DOW-UAP-D51, Email Correspondence, Pacific Time Zone, March 2023
Agency: Department of War
Incident date: 3/23/26
Incident location: Pacific Time Zone
Page 6
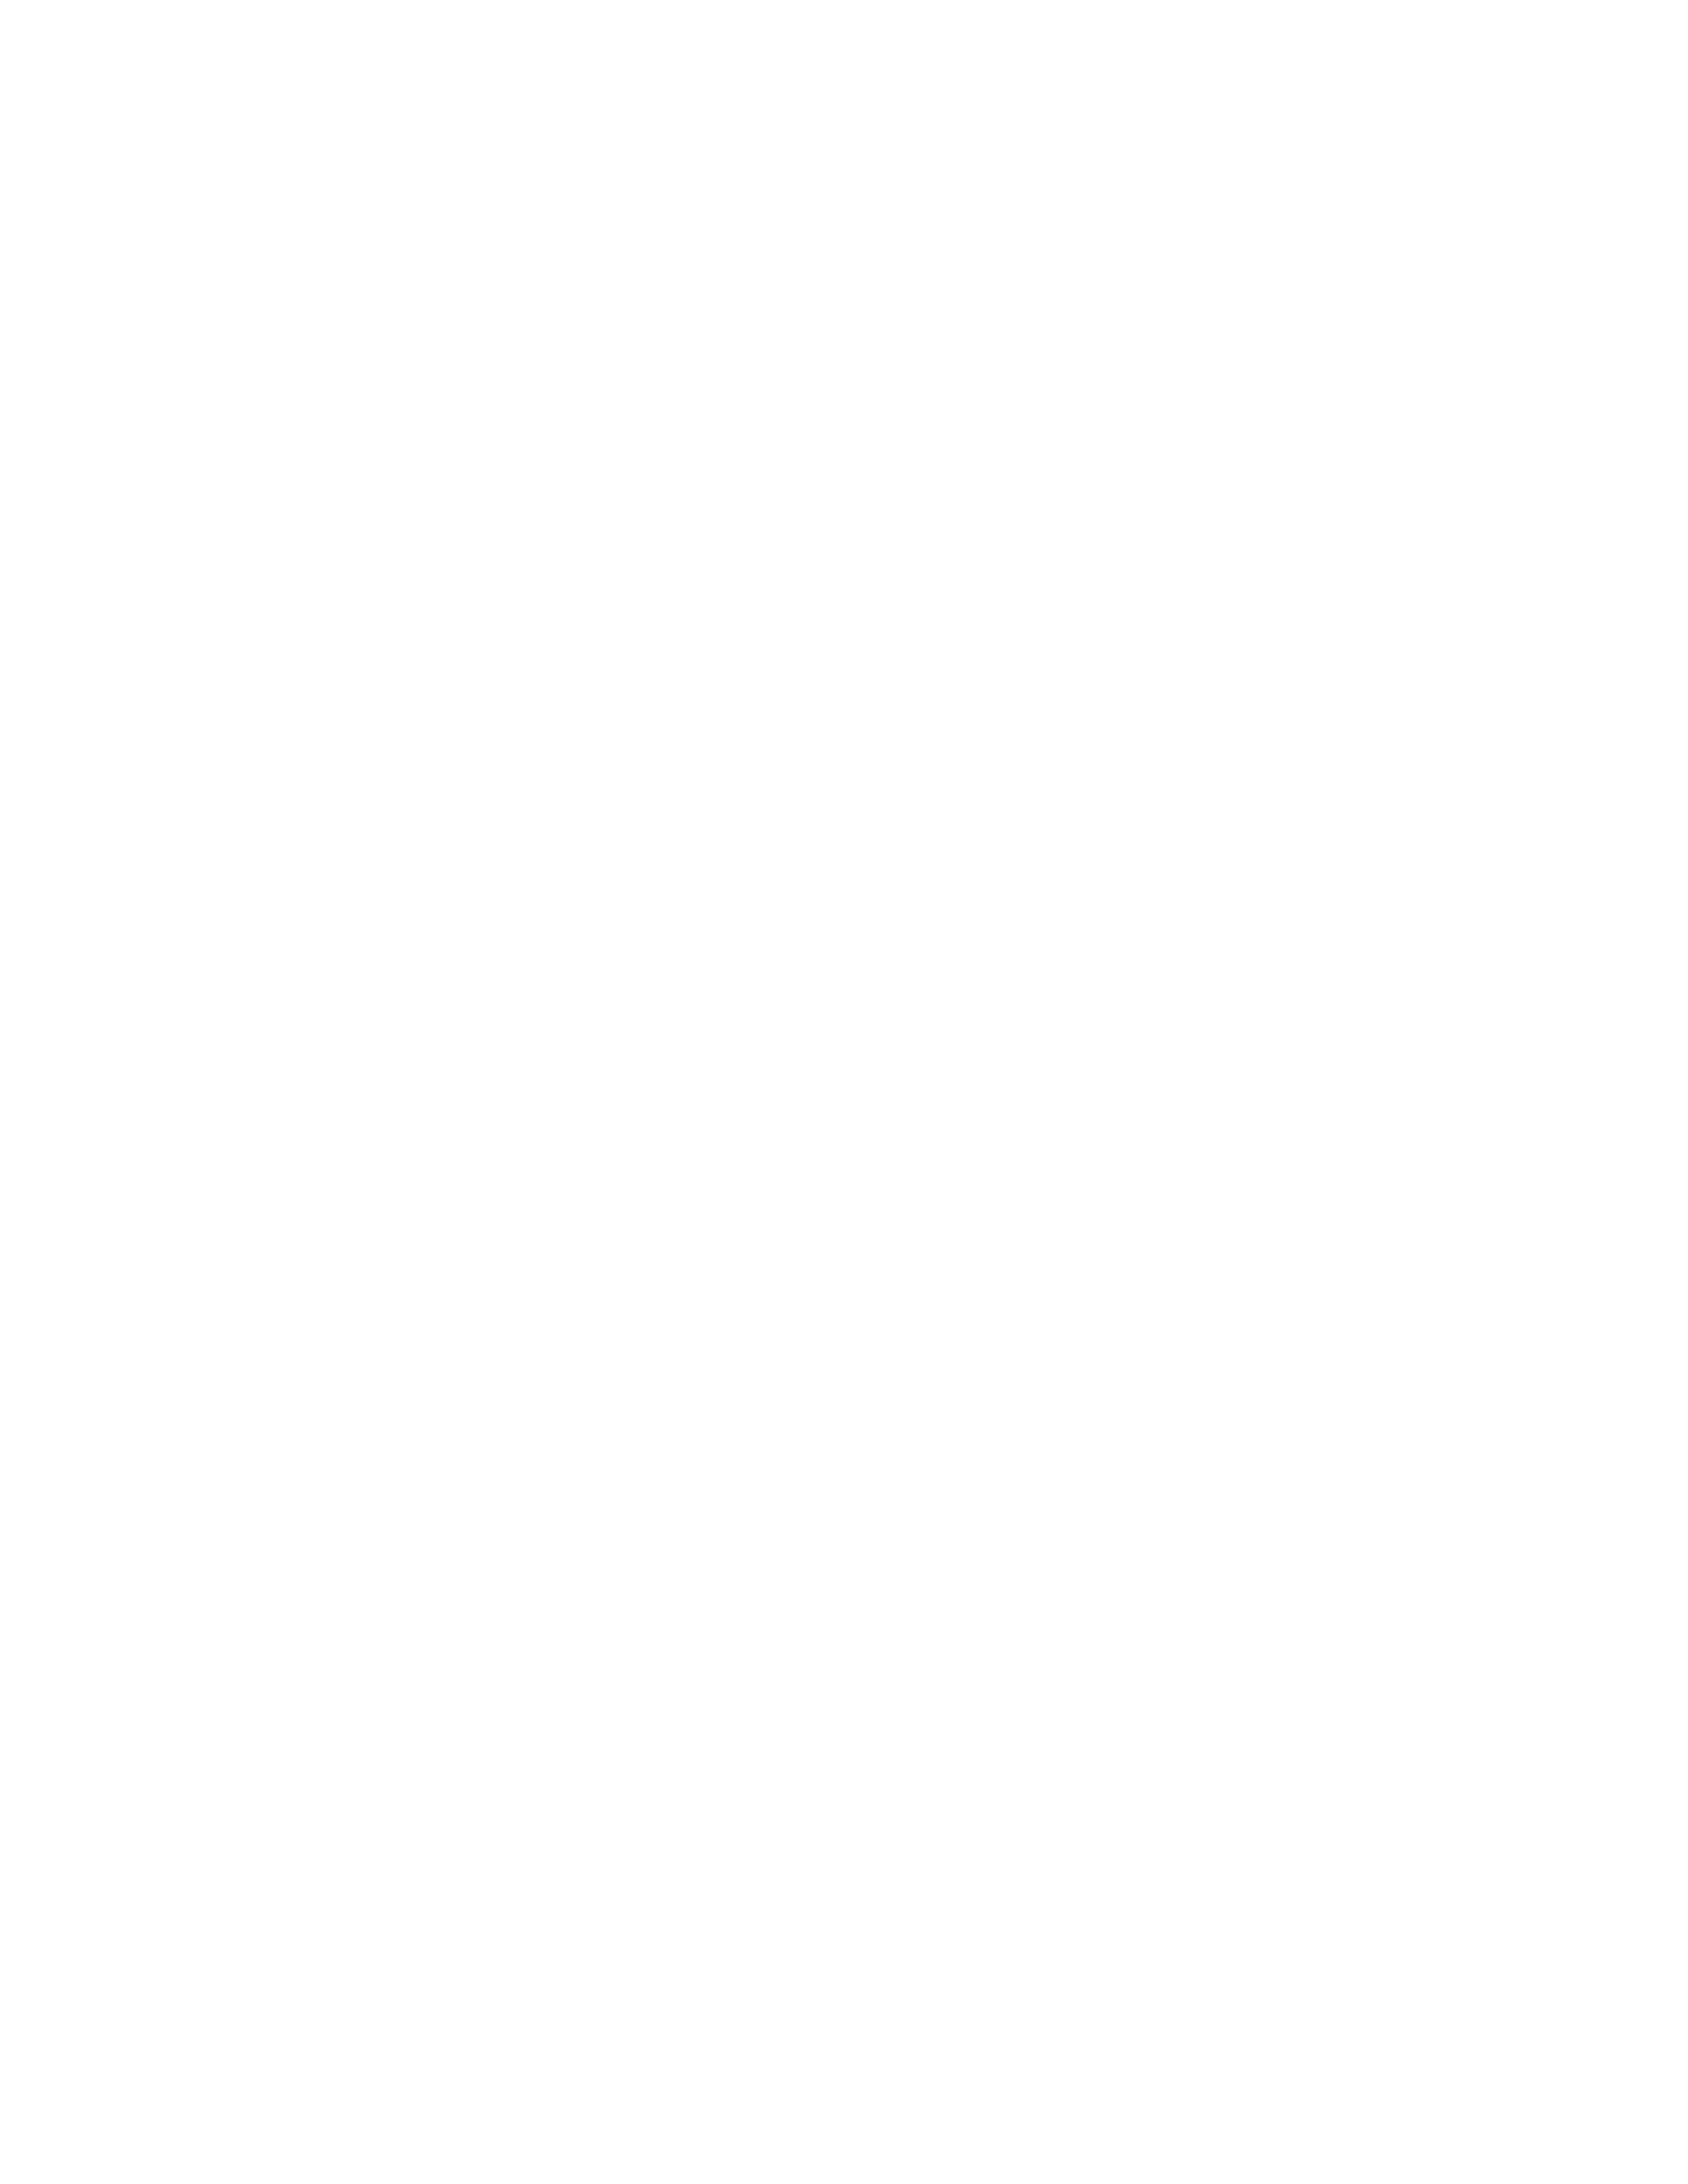